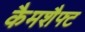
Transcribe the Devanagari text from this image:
कैमशैफ्ट